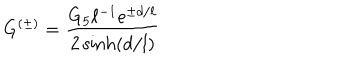
G ^ { ( \pm ) } = { \frac { G _ { 5 } \ell ^ { - 1 } e ^ { \pm d / \ell } } { 2 \sinh ( d / l ) } }